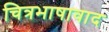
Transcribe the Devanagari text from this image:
चित्रभाषावाद